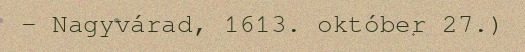
– Nagyvárad, 1613. október 27.)